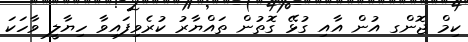
ކިމް ޖޮންގ އުން އާއި ގުޅޭ ގޮތުން ތައްޔާރު ކުރެވިފައިވާ ހިޔާލީ ވާހަކަ